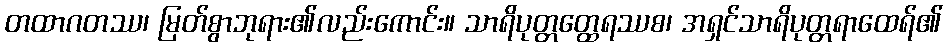
တထာဂတဿ၊ မြတ်စွာဘုရား၏လည်းကောင်း။ သာရိပုတ္တတ္ထေရဿစ၊ အရှင်သာရိပုတ္တရာထေရ်၏